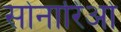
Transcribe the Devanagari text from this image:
सोनारिओ